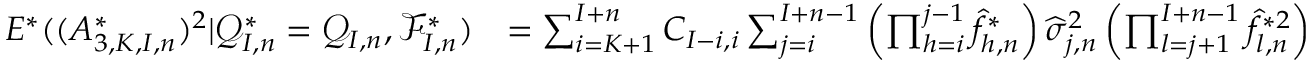
\begin{array} { r l } { E ^ { * } ( ( A _ { 3 , K , I , n } ^ { * } ) ^ { 2 } | \mathcal { Q } _ { I , n } ^ { * } = \mathcal { Q } _ { I , n } , \mathcal { F } _ { I , n } ^ { * } ) } & { = \sum _ { i = K + 1 } ^ { I + n } C _ { I - i , i } \sum _ { j = i } ^ { I + n - 1 } \left( \prod _ { h = i } ^ { j - 1 } \widehat f _ { h , n } ^ { * } \right) \widehat \sigma _ { j , n } ^ { 2 } \left( \prod _ { l = j + 1 } ^ { I + n - 1 } \widehat f _ { l , n } ^ { * 2 } \right) } \end{array}